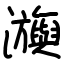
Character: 㶛